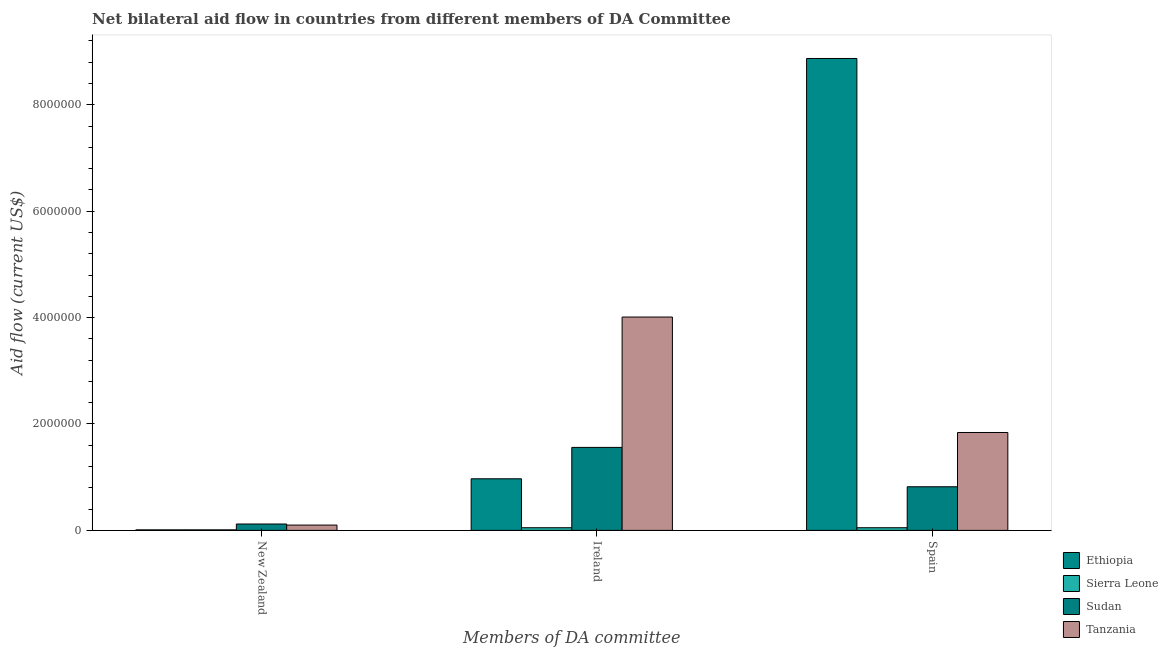
| Members of DA committee | Ethiopia | Sierra Leone | Sudan | Tanzania |
 | --- | --- | --- | --- | --- |
 | New Zealand | 1e+04 | 1e+04 | 1.2e+05 | 1e+05 |
 | Ireland | 9.7e+05 | 5e+04 | 1.56e+06 | 4.01e+06 |
 | Spain | 8.87e+06 | 5e+04 | 8.2e+05 | 1.84e+06 |